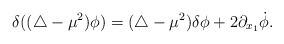
\begin{align*}\delta((\triangle-\mu^2)\phi)= (\triangle-\mu^2)\delta\phi+2 \partial_{x_1}\dot\phi.\end{align*}